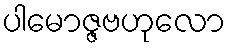
ပါမောဇ္ဇဗဟုလော